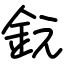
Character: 鈨